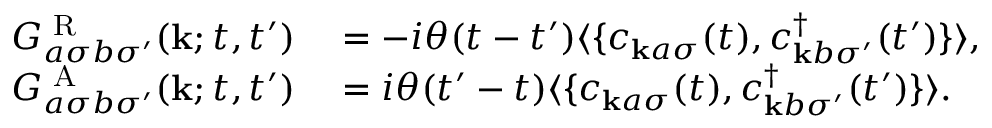
\begin{array} { r l } { G _ { a \sigma b \sigma ^ { \prime } } ^ { \textrm { R } } ( \mathbf { k } ; t , t ^ { \prime } ) } & { { } = - i \theta ( t - t ^ { \prime } ) \langle \{ c _ { \mathbf { k } a \sigma } ( t ) , c _ { \mathbf { k } b \sigma ^ { \prime } } ^ { \dagger } ( t ^ { \prime } ) \} \rangle , } \\ { G _ { a \sigma b \sigma ^ { \prime } } ^ { \textrm { A } } ( \mathbf { k } ; t , t ^ { \prime } ) } & { { } = i \theta ( t ^ { \prime } - t ) \langle \{ c _ { \mathbf { k } a \sigma } ( t ) , c _ { \mathbf { k } b \sigma ^ { \prime } } ^ { \dagger } ( t ^ { \prime } ) \} \rangle . } \end{array}